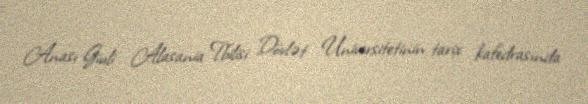
Anası Giuli Alasania Tbilisi Dövlət Universitetinin tarix kafedrasında